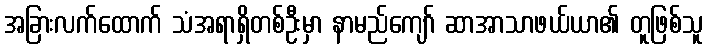
အခြားလက်ထောက် သံအရာရှိတစ်ဦးမှာ နာမည်ကျော် ဆာအာသာဖယ်ယာ၏ တူဖြစ်သူ